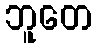
ဘူတေ